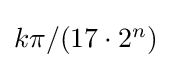
\textstyle k\pi /(17\cdot 2^{n})